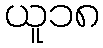
ယူ၁၈